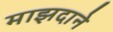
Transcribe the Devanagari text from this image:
माझदाने